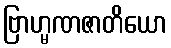
ဗြာဟ္မဏဇာတိယော